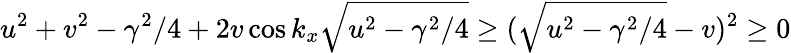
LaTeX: u^{2}+v^{2}-\gamma^{2}/4+2v\cos k_{x}\sqrt{u^{2}-\gamma^{2}/4}\geq(\sqrt{u^{2}-\gamma^{2}/4}-v)^{2}\geq 0